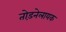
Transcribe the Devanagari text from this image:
तोड़नेलायक